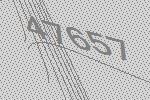
47657